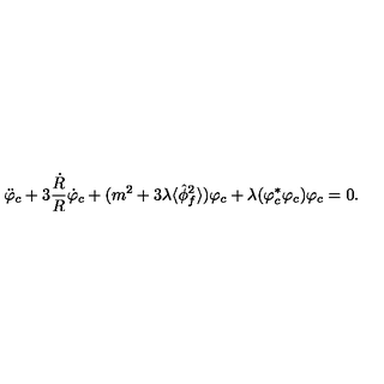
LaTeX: \ddot { \varphi } _ { c } + 3 \frac { \dot { R } } { R } \dot { \varphi } _ { c } + ( m ^ { 2 } + 3 \lambda \langle \hat { \phi } _ { f } ^ { 2 } \rangle ) \varphi _ { c } + \lambda ( \varphi _ { c } ^ { * } \varphi _ { c } ) \varphi _ { c } = 0 .